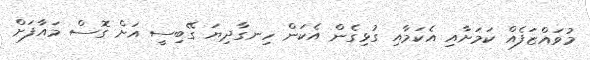
މުވައްޒަފެއް ކަމަށާއި އެކަމާއި ގުޅިގެން އެކަން ހިނގާދިޔަ ގޭބިސީ އަށް ގޮސް މައާފަށް